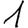
Digit: 1